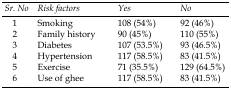
<table><thead><tr><td><b><i>Sr. No</i></b></td><td><b><i>Risk factors</i></b></td><td><b><i>Yes</i></b></td><td><b><i>No</i></b></td></tr></thead><tbody><tr><td>1</td><td>Smoking</td><td>108 (54%)</td><td>92 (46%)</td></tr><tr><td>2</td><td>Family history</td><td>90 (45%)</td><td>110 (55%)</td></tr><tr><td>3</td><td>Diabetes</td><td>107 (53.5%)</td><td>93 (46.5%)</td></tr><tr><td>4</td><td>Hypertension</td><td>117 (58.5%)</td><td>83 (41.5%)</td></tr><tr><td>5</td><td>Exercise</td><td>71 (35.5%)</td><td>129 (64.5%)</td></tr><tr><td>6</td><td>Use of ghee</td><td>117 (58.5%)</td><td>83 (41.5%)</td></tr></tbody></table>